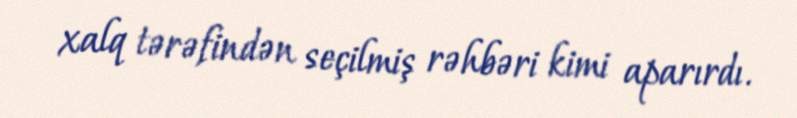
xalq tərəfindən seçilmiş rəhbəri kimi aparırdı.